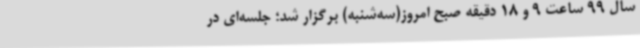
سال 99 ساعت 9 و 18 دقیقه صبح امروز(سه‌شنبه) برگزار شد؛ جلسه‌ای در